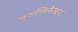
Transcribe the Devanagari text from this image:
पुराभिलेखांना